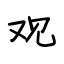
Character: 观